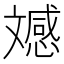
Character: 𭤚